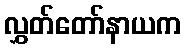
လွှတ်တော်နာယက